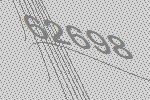
62698